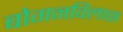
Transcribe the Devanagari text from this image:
बोगनविलास